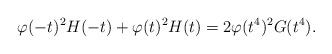
LaTeX: \begin{align*} \varphi(-t)^2H(-t)+\varphi(t)^2H(t) = 2\varphi(t^4)^2G(t^4).\end{align*}